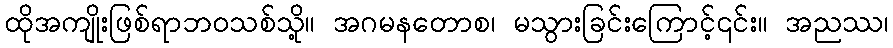
ထိုအကျိုးဖြစ်ရာဘဝသစ်သို့။ အဂမနတောစ၊ မသွားခြင်းကြောင့်၎င်း။ အညဿ၊